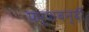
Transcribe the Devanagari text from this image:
फर्शबन्दी